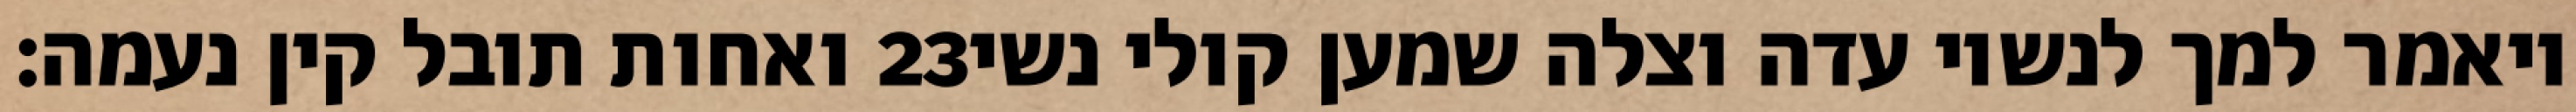
ואחות תובל קין נעמה׃ ‎23‏ ויאמר למך לנשיו עדה וצלה שמען קולי נשי